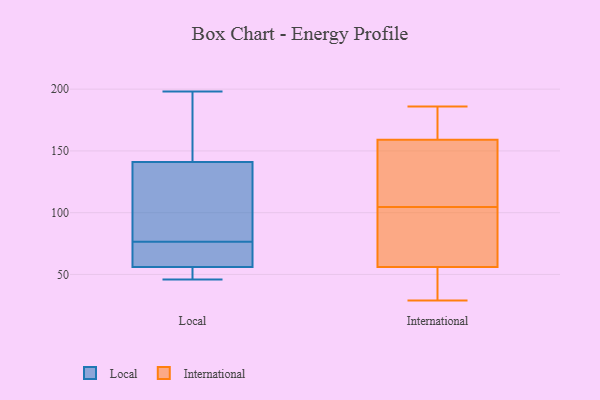
{"axis": {"x": "Tickets Resolved", "y": "Value"}, "legend": ["International", "Local"], "data": [{"x": "", "y": 61, "type": "Local"}, {"x": "", "y": 61, "type": "Local"}, {"x": "", "y": 159, "type": "Local"}, {"x": "", "y": 66, "type": "Local"}, {"x": "", "y": 46, "type": "Local"}, {"x": "", "y": 98, "type": "Local"}, {"x": "", "y": 141, "type": "Local"}, {"x": "", "y": 184, "type": "Local"}, {"x": "", "y": 127, "type": "Local"}, {"x": "", "y": 49, "type": "Local"}, {"x": "", "y": 198, "type": "Local"}, {"x": "", "y": 49, "type": "Local"}, {"x": "", "y": 56, "type": "Local"}, {"x": "", "y": 87, "type": "Local"}, {"x": "", "y": 68, "type": "International"}, {"x": "", "y": 171, "type": "International"}, {"x": "", "y": 43, "type": "International"}, {"x": "", "y": 36, "type": "International"}, {"x": "", "y": 159, "type": "International"}, {"x": "", "y": 56, "type": "International"}, {"x": "", "y": 169, "type": "International"}, {"x": "", "y": 29, "type": "International"}, {"x": "", "y": 174, "type": "International"}, {"x": "", "y": 186, "type": "International"}, {"x": "", "y": 114, "type": "International"}, {"x": "", "y": 64, "type": "International"}, {"x": "", "y": 140, "type": "International"}, {"x": "", "y": 95, "type": "International"}, {"x": "", "y": 45, "type": "International"}, {"x": "", "y": 74, "type": "International"}, {"x": "", "y": 139, "type": "International"}, {"x": "", "y": 135, "type": "International"}]}